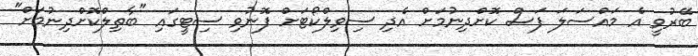
ބޭރުވީ އެ މައްސަލަ ފަސް ކޮށްދިނުމަށް އެދި ސިވިލްކޯޓަށް ފޮނުވި ސިޓީގައި "ބާތިލްކޮށްދިނުމަށް"